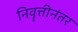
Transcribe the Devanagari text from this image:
निवॄत्तीनंतर